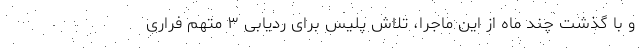
و با گذشت چند ماه از این ماجرا، تلاش پلیس برای ردیابی ۳ متهم فراری